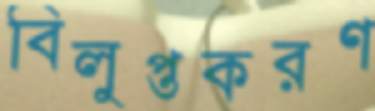
বিলুপ্তকরণ